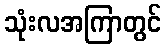
သုံးလအကြာတွင်